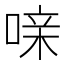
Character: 𰈍